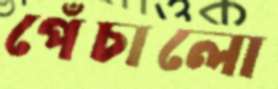
পেঁচালো